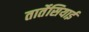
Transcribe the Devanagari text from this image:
तार्तेसियाई